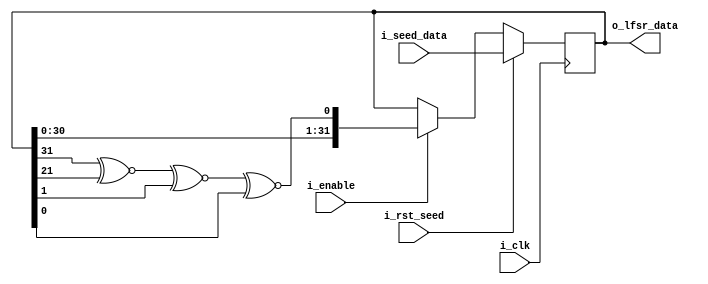
`timescale 1ns / 1ps
//////////////////////////////////////////////////////////////////////////////////
// Company:     www.circuitden.com
//              artinisagholian@gmail.com
// 
// Design Name: 
// Module Name: lfsr
// Project Name: 
// Target Devices: 
// Tool Versions: 
// Description: 
// 
// Dependencies: 
// 
// Revision:
// Revision 0.01 - File Created
// Additional Comments:
//  Original file from https://www.nandland.com/vhdl/modules/lfsr-linear-feedback-shift-register.html
// 
//////////////////////////////////////////////////////////////////////////////////


//////////////////////////////////////////////////////////////////////////////////
// Parameters:
// NUM_BITS - Set to the integer number of bits wide to create your LFSR.
//////////////////////////////////////////////////////////////////////////////////

module lfsr #(parameter NUM_BITS = 6'd32)
  ( 
    input wire                  i_clk,
    input wire                  i_rst_seed,
    input wire                  i_enable,
    input wire  [NUM_BITS-1:0]  i_seed_data, 
    output wire [NUM_BITS-1:0]  o_lfsr_data
  );
 
  reg [NUM_BITS-1:0] r_lfsr = 0;
  reg                r_xnor = 0;


  assign o_lfsr_data = r_lfsr;
 
  // Load up LFSR with seet if rst pulse is detected.
  // Otherwise just run LFSR when enabled.
  always @(posedge i_clk) begin
    if (i_rst_seed) begin
      r_lfsr <= i_seed_data;
    end
    else begin
      if (i_enable) begin
        r_lfsr <= {r_lfsr[NUM_BITS-2:0], r_xnor};
      end
    end
  end
 
  // Create Feedback Polynomials.  Based on Application Note:
  // http://www.xilinx.com/support/documentation/application_notes/xapp052.pdf
  always @(*)
    begin
      case (NUM_BITS)
        3: begin
          r_xnor = r_lfsr[2] ^~ r_lfsr[1];
        end
        4: begin
          r_xnor = r_lfsr[3] ^~ r_lfsr[2];
        end
        5: begin
          r_xnor = r_lfsr[4] ^~ r_lfsr[2];
        end
        6: begin
          r_xnor = r_lfsr[5] ^~ r_lfsr[4];
        end
        7: begin
          r_xnor = r_lfsr[6] ^~ r_lfsr[5];
        end
        8: begin
          r_xnor = r_lfsr[7] ^~ r_lfsr[5] ^~ r_lfsr[4] ^~ r_lfsr[3];
        end
        9: begin
          r_xnor = r_lfsr[8] ^~ r_lfsr[4];
        end
        10: begin
          r_xnor = r_lfsr[9] ^~ r_lfsr[6];
        end
        11: begin
          r_xnor = r_lfsr[10] ^~ r_lfsr[8];
        end
        12: begin
          r_xnor = r_lfsr[11] ^~ r_lfsr[5] ^~ r_lfsr[3] ^~ r_lfsr[0];
        end
        13: begin
          r_xnor = r_lfsr[12] ^~ r_lfsr[3] ^~ r_lfsr[2] ^~ r_lfsr[0];
        end
        14: begin
          r_xnor = r_lfsr[13] ^~ r_lfsr[4] ^~ r_lfsr[2] ^~ r_lfsr[0];
        end
        15: begin
          r_xnor = r_lfsr[14] ^~ r_lfsr[13];
        end
        16: begin
          r_xnor = r_lfsr[15] ^~ r_lfsr[14] ^~ r_lfsr[12] ^~ r_lfsr[3];
          end
        17: begin
          r_xnor = r_lfsr[16] ^~ r_lfsr[13];
        end
        18: begin
          r_xnor = r_lfsr[17] ^~ r_lfsr[10];
        end
        19: begin
          r_xnor = r_lfsr[18] ^~ r_lfsr[5] ^~ r_lfsr[1] ^~ r_lfsr[0];
        end
        20: begin
          r_xnor = r_lfsr[19] ^~ r_lfsr[16];
        end
        21: begin
          r_xnor = r_lfsr[20] ^~ r_lfsr[18];
        end
        22: begin
          r_xnor = r_lfsr[21] ^~ r_lfsr[20];
        end
        23: begin
          r_xnor = r_lfsr[22] ^~ r_lfsr[17];
        end
        24: begin
          r_xnor = r_lfsr[23] ^~ r_lfsr[22] ^~ r_lfsr[21] ^~ r_lfsr[16];
        end
        25: begin
          r_xnor = r_lfsr[24] ^~ r_lfsr[21];
        end
        26: begin
          r_xnor = r_lfsr[25] ^~ r_lfsr[5] ^~ r_lfsr[1] ^~ r_lfsr[0];
        end
        27: begin
          r_xnor = r_lfsr[26] ^~ r_lfsr[4] ^~ r_lfsr[1] ^~ r_lfsr[0];
        end
        28: begin
          r_xnor = r_lfsr[27] ^~ r_lfsr[24];
        end
        29: begin
          r_xnor = r_lfsr[28] ^~ r_lfsr[26];
        end
        30: begin
          r_xnor = r_lfsr[29] ^~ r_lfsr[5] ^~ r_lfsr[3] ^~ r_lfsr[0];
        end
        31: begin
          r_xnor = r_lfsr[30] ^~ r_lfsr[27];
        end
        32: begin
          r_xnor = r_lfsr[31] ^~ r_lfsr[21] ^~ r_lfsr[1] ^~ r_lfsr[0];
        end
 
      endcase 
    end 
 
 
  
 
endmodule